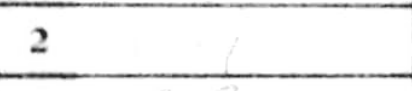
Transcription: c4